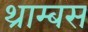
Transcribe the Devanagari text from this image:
थ्राम्बस